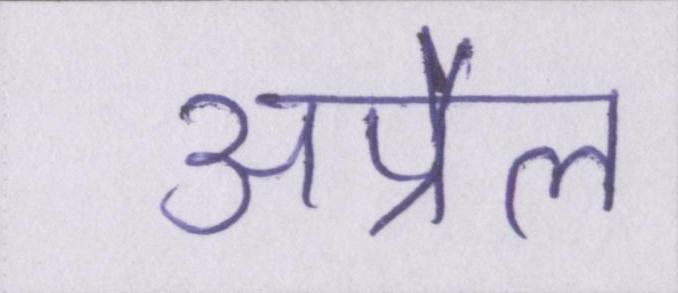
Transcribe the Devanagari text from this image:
अप्रैल